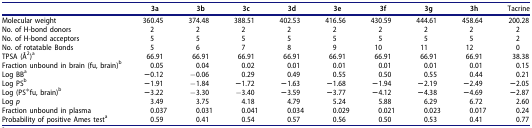
<table><thead><tr><td><b> </b></td><td><b>3a</b></td><td><b>3b</b></td><td><b>3c</b></td><td><b>3d</b></td><td><b>3e</b></td><td><b>3f</b></td><td><b>3g</b></td><td><b>3h</b></td><td><b>Tacrine</b></td></tr></thead><tbody><tr><td>Molecular weight</td><td>360.45</td><td>374.48</td><td>388.51</td><td>402.53</td><td>416.56</td><td>430.59</td><td>444.61</td><td>458.64</td><td>200.28</td></tr><tr><td>No. of H-bond donors</td><td>2</td><td>2</td><td>2</td><td>2</td><td>2</td><td>2</td><td>2</td><td>2</td><td>2</td></tr><tr><td>No. of H-bond acceptors</td><td>5</td><td>5</td><td>5</td><td>5</td><td>5</td><td>5</td><td>5</td><td>5</td><td>2</td></tr><tr><td>No. of rotatable Bonds</td><td>5</td><td>6</td><td>7</td><td>8</td><td>9</td><td>10</td><td>11</td><td>12</td><td>0</td></tr><tr><td>TPSA (Å<sup>2</sup>)<sup>a</sup></td><td>66.91</td><td>66.91</td><td>66.91</td><td>66.91</td><td>66.91</td><td>66.91</td><td>66.91</td><td>66.91</td><td>38.38</td></tr><tr><td>Fraction unbound in brain (fu, brain)<sup>b</sup></td><td>0.05</td><td>0.04</td><td>0.02</td><td>0.01</td><td>0.01</td><td>0.01</td><td>0.01</td><td>0.01</td><td>0.15</td></tr><tr><td>Log BB<sup>a</sup></td><td><b>−</b>0.12</td><td>−0.06</td><td>0.29</td><td>0.49</td><td>0.55</td><td>0.50</td><td>0.55</td><td>0.44</td><td>0.21</td></tr><tr><td>Log PS<sup>b</sup></td><td><b>−</b>1.91</td><td>−1.84</td><td><b>−</b>1.72</td><td><b>−</b>1.63</td><td><b>−</b>1.68</td><td><b>−</b>1.94</td><td><b>−</b>2.19</td><td><b>−</b>2.49</td><td><b>−</b>2.05</td></tr><tr><td>Log (PS*fu, brain)<sup>b</sup></td><td><b>−</b>3.22</td><td>−3.30</td><td>−3.40</td><td><b>−</b>3.59</td><td><b>−</b>3.77</td><td><b>−</b>4.12</td><td><b>−</b>4.38</td><td><b>−</b>4.69</td><td><b>−</b>2.87</td></tr><tr><td>Log <i>p</i></td><td>3.49</td><td>3.75</td><td>4.18</td><td>4.79</td><td>5.24</td><td>5.88</td><td>6.29</td><td>6.72</td><td>2.60</td></tr><tr><td>Fraction unbound in plasma</td><td>0.037</td><td>0.031</td><td>0.041</td><td>0.034</td><td>0.029</td><td>0.021</td><td>0.023</td><td>0.017</td><td>0.24</td></tr><tr><td>Probability of positive Ames test<sup>a</sup></td><td>0.59</td><td>0.41</td><td>0.54</td><td>0.57</td><td>0.56</td><td>0.50</td><td>0.53</td><td>0.41</td><td>0.77</td></tr></tbody></table>